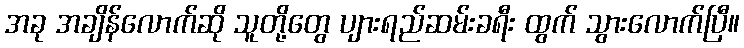
အခု အချိန်လောက်ဆို သူတို့တွေ ပျားရည်ဆမ်းခရီး ထွက် သွားလောက်ပြီ။